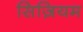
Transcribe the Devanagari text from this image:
सिज़ियम